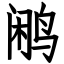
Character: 鹇